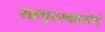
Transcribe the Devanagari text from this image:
सहपुरस्कारांचे